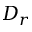
D _ { r }